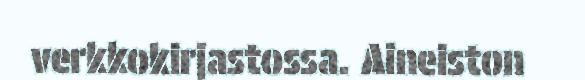
verkkokirjastossa. Aineiston